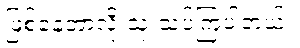
ဖြစ်နေတာလို့ သုံးသပ်ကြပါတယ်။